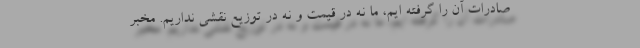
صادرات آن را گرفته ایم، ما نه در قیمت و نه در توزیع نقشی نداریم. مخبر